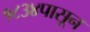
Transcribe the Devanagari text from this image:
१८३४पासून